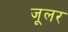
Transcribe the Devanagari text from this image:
जूलर